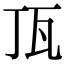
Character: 㼗